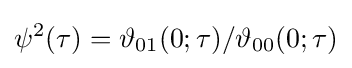
\psi ^{2}(\tau )=\vartheta _{01}(0;\tau )/\vartheta _{00}(0;\tau )